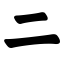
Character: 二